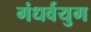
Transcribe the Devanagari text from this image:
गंधर्वयुग